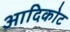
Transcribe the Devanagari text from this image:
आदिकोट